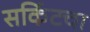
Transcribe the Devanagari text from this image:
सर्किटचा